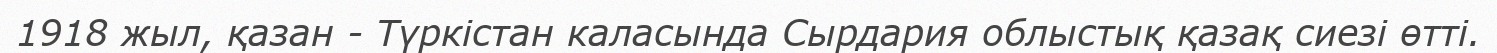
1918 жыл, қазан - Түркістан каласында Сырдария облыстық қазақ сиезі өтті.